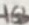
Text: 10